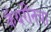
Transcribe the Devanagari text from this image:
कॅथरीनचा